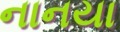
નાનયા